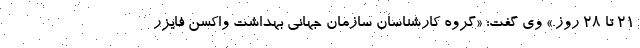
۲۱ تا ۲۸ روز.» وی گفت: «گروه کارشناسان سازمان جهانی بهداشت واکسن فایزر